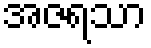
အဇရသာ